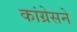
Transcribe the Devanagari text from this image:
कांग्रेसने